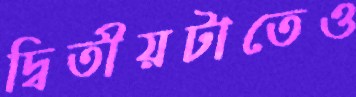
দ্বিতীয়টাতেও